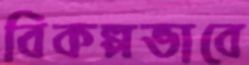
বিকল্পভাবে